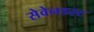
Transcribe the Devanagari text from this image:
सेवेनडस्ट